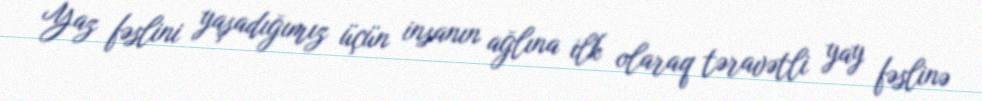
Yaz fəslini yaşadığımız üçün insanın ağlına ilk olaraq təravətli yay fəslinə